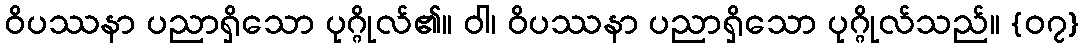
ဝိပဿနာ ပညာရှိသော ပုဂ္ဂိုလ်၏။ ဝါ၊ ဝိပဿနာ ပညာရှိသော ပုဂ္ဂိုလ်သည်။ {၀၇}